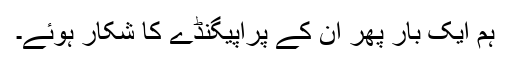
ہم ایک بار پھر ان کے پراپیگنڈے کا شکار ہوئے۔